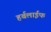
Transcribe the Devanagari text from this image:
हर्बलाईफ